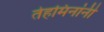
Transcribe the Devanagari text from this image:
तेहमिनांनी